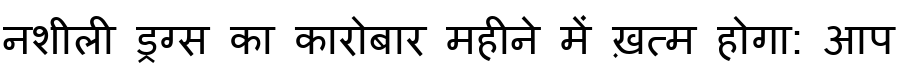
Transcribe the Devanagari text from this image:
नशीली ड्रग्स का कारोबार महीने में ख़त्म होगा: आप